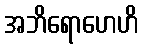
အဘိရောဟေဟိ